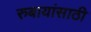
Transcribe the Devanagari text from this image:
रुबायांसाठी